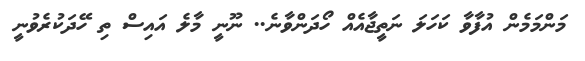
މަންމަމެން އުފާވާ ކަހަލަ ނަތީޖާއެއް ހޯދަންވާނެ.. ނޫނީ މާލެ އައިސް ތި ހޭދަކުރެވުނީ